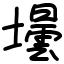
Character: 壜